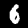
Digit: 6